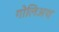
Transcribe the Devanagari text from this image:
गोलिअथ